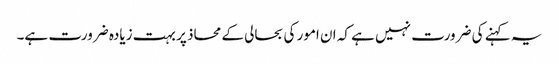
یہ کہنے کی ضرورت نہیں ہے کہ ان امور کی بحالی کے محاذ پر بہت زیادہ ضرورت ہے۔